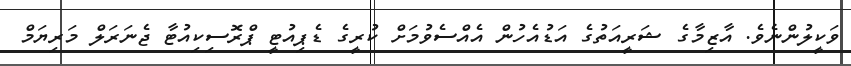
ވަކީލުންނެވެ. އާޒިމާގެ ޝަރީއަތުގެ އަޑުއެހުން އެއްސެވުމަށް ކުރީގެ ޑެޕިއުޓީ ޕްރޮސިކިއުޓާ ޖެނަރަލް މަރިޔަމް